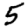
Digit: 5